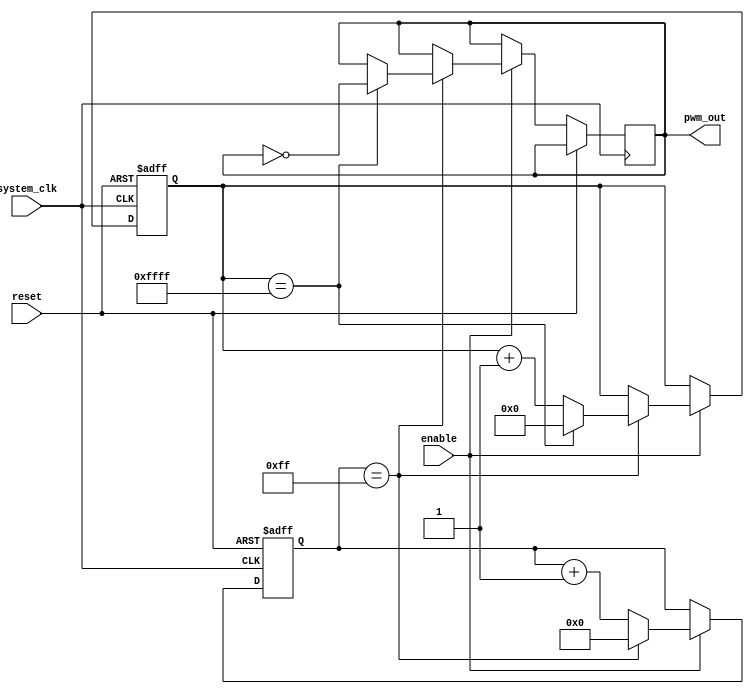
module pwm_timer (
    input wire system_clk,
    input wire reset,
    input wire enable,
    output reg pwm_out
);

reg [7:0] prescaler;
reg [15:0] counter;

always @(posedge system_clk or posedge reset) begin
    if (reset) begin
        counter <= 16'h0000;
        prescaler <= 8'h00;
    end else if (enable) begin
        if (prescaler == 8'hFF) begin
            prescaler <= 8'h00;
            if (counter == 16'hFFFF) begin
                counter <= 16'h0000;
                pwm_out <= ~pwm_out;
            end else begin
                counter <= counter + 1;
            end
        end else begin
            prescaler <= prescaler + 1;
        end
    end
end

endmodule